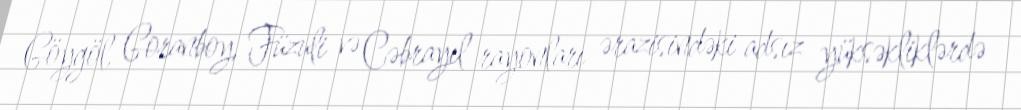
Göygöl, Goranboy, Füzuli və Cəbrayıl rayonları ərazisindəki adsız yüksəkliklərdə